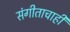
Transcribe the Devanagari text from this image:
संगीताचाही